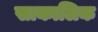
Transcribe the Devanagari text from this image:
साकालिक